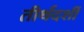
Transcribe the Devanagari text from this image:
तीर्थदर्शी